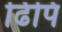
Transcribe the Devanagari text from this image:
ढिपि